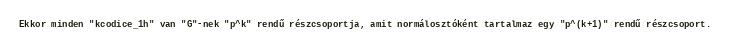
Ekkor minden "kcodice_1h" van "G"-nek "p^k" rendű részcsoportja, amit normálosztóként tartalmaz egy "p^(k+1)" rendű részcsoport.